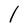
Character: l